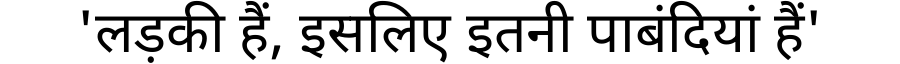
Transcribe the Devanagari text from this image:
'लड़की हैं, इसलिए इतनी पाबंदियां हैं'